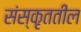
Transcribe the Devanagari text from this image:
संस्कृततील